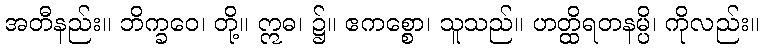
အတီနည်း။ ဘိက္ခဝေ၊ တို့။ ဣဓ၊ ၌။ ဧကစ္စော၊ သူသည်။ ဟတ္ထိရတနမ္ပိ၊ ကိုလည်း။